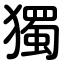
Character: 獨